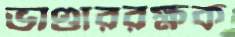
ভাণ্ডাররক্ষক